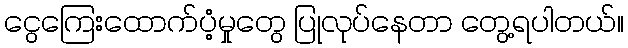
ငွေကြေးထောက်ပံ့မှုတွေ ပြုလုပ်နေတာ တွေ့ရပါတယ်။